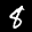
Label: 8